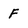
Character: F